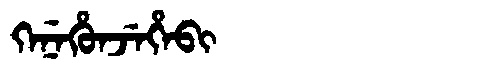
Manchu: ᡴᡝᠨᡝᡥᡠᠨᠵᡝᡥᡝᠪᡳ
Romanization: KENEHUNJEHEBI